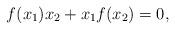
LaTeX: \begin{align*} f(x_1)x_2 +x_1f(x_2)=0,\end{align*}